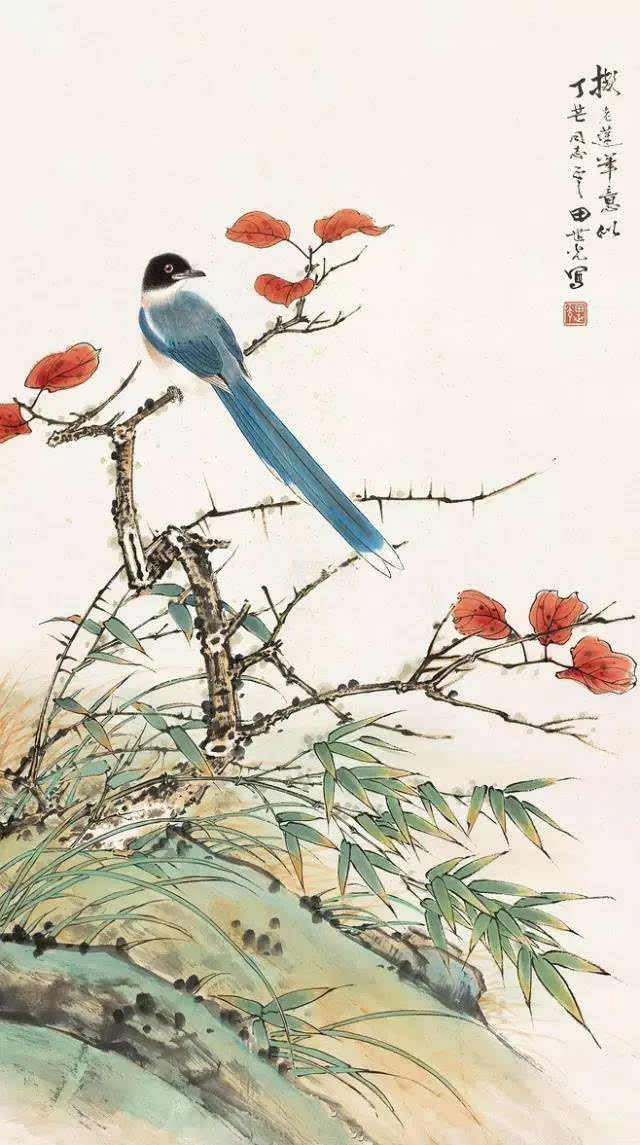
不诱于誉，不恐于诽。